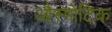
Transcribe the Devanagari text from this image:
औस्मोटिक